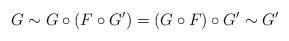
LaTeX: \begin{align*}G\sim G\circ (F\circ G')=(G\circ F)\circ G'\sim G'\end{align*}